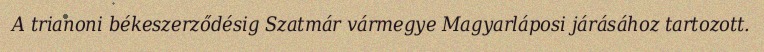
A trianoni békeszerződésig Szatmár vármegye Magyarláposi járásához tartozott.